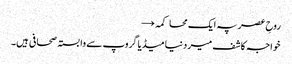
روحِ عصر پہ ایک محاکمہ →
خواجہ کاشف میر دنیا میڈیا گروپ سے وابستہ صحافی ہیں۔